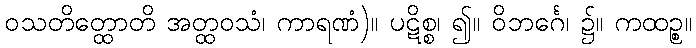
ဝသတိတ္ထောတိ အတ္ထဝသံ၊ ကာရဏံ)။ ပဋိစ္စ၊ ၍။ ဝိဘင်္ဂေ၊ ၌။ ကထဉ္စ။